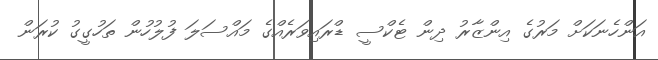
އަންހެނަކަށް މަރުގެ އިންޒާރު ދިން ޓެކްސީ ޑްރައިވަރެއްގެ މައްސަލަ ފުލުހުން ތަހުގީގު ކުރަން